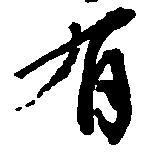
有